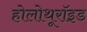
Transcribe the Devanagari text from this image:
होलोथूरॉइड